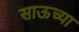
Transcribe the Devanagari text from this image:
साऊच्या